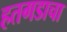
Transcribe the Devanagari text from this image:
हतगडाचा